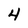
Character: 4